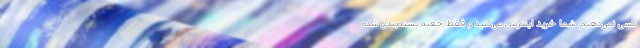
کسی نمی‌دهیم. شما خرید اینترنتی می‌کنید و فقط جعبه بسته‌بندی شده